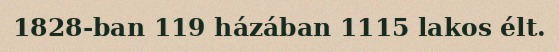
1828-ban 119 házában 1115 lakos élt.